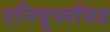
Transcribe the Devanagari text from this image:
एनियूप्लॉयड